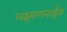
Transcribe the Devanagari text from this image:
लक्ष्मणनाईक